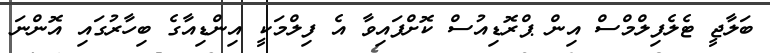
ބަލާޖީ ޓެލެފިލްމްސް އިން ޕްރޮޑިއުސް ކޮށްފައިވާ އެ ފިލްމަކީ އިންޑިއާގެ ބިހާރުގައި އޮންނަ